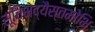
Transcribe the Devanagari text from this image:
सूचिभेद्यैस्तमोभिः